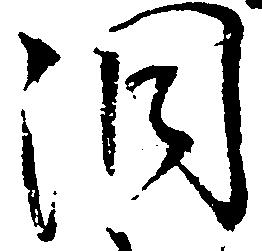
洞